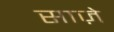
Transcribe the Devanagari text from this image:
साज़े